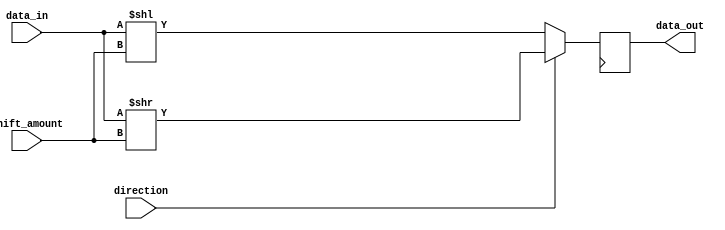
module barrel_shifter (
    input [7:0] data_in,
    input [2:0] shift_amount,
    input direction,
    output reg [7:0] data_out
);

reg [7:0] shifted_data;

always @(*) begin
    if (direction) begin // Shift right
        shifted_data = data_in >> shift_amount;
    end else begin // Shift left
        shifted_data = data_in << shift_amount;
    end
end

always @(posedge clk) begin
    data_out <= shifted_data;
end

endmodule